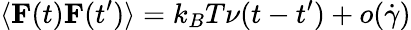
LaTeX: \langle\mathbf{{F}}(t)\mathbf{{F}}(t^{\prime})\rangle=k_{B}T\nu(t-t^{\prime})+o(\dot{\gamma})